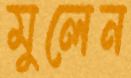
মুলেন